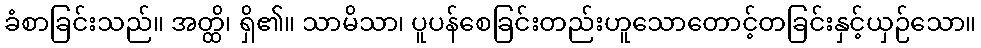
ခံစာခြင်းသည်။ အတ္ထိ၊ ရှိ၏။ သာမိသာ၊ ပူပန်စေခြင်းတည်းဟူသောတောင့်တခြင်းနှင့်ယှဉ်သော။